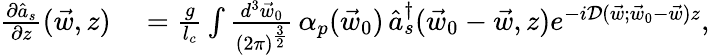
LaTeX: \begin{array}{rl}{\frac{\partial\hat{a}_{s}}{\partial z}(\vec{w},z)}&{{}=\frac{g}{l_{c}}\int\frac{d^{3}\vec{w}_{0}}{(2\pi)^{\frac{3}{2}}}\, {\alpha}_{p}(\vec{w}_{0})\, \hat{a}_{s}^{\dagger}(\vec{w}_{0}-\vec{w},z)e^{-i\mathcal D(\vec{w};\vec{w}_{0}-\vec{w})z},}\end{array}